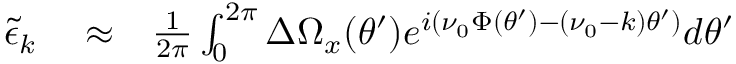
\begin{array} { r l r } { { \tilde { \epsilon } } _ { k } } & { { } \approx } & { \frac { 1 } { 2 \pi } \int _ { 0 } ^ { 2 \pi } \Delta \Omega _ { x } ( \theta ^ { \prime } ) e ^ { i ( \nu _ { 0 } \Phi ( \theta ^ { \prime } ) - ( \nu _ { 0 } - k ) \theta ^ { \prime } ) } d \theta ^ { \prime } } \end{array}